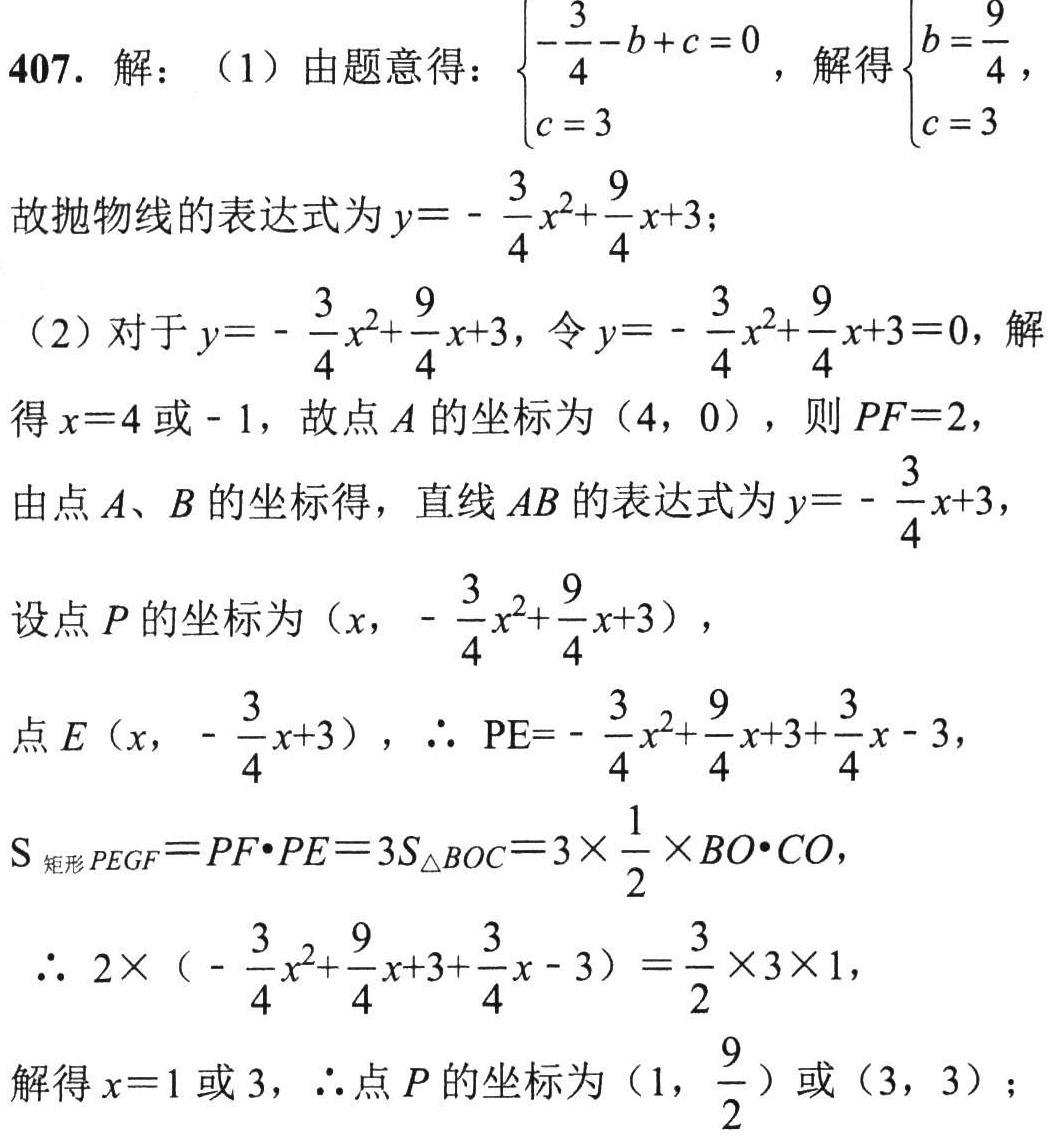
407. 解：（1）由题意得：\(\begin{cases}-\frac{3}{4}-b + c = 0 \\ c = 3\end{cases}\)，解得\(\begin{cases}b=\frac{9}{4} \\ c = 3\end{cases}\)，
故抛物线的表达式为\(y = -\frac{3}{4}x^{2}+\frac{9}{4}x + 3\)；
（2）对于\(y = -\frac{3}{4}x^{2}+\frac{9}{4}x + 3\)，令\(y = -\frac{3}{4}x^{2}+\frac{9}{4}x + 3 = 0\)，解得\(x = 4\)或\(-1\)，故点\(A\)的坐标为\((4,0)\)，则\(PF = 2\)，
由点\(A\)、\(B\)的坐标得，直线\(AB\)的表达式为\(y = -\frac{3}{4}x + 3\)，
设点\(P\)的坐标为\((x,-\frac{3}{4}x^{2}+\frac{9}{4}x + 3)\)，
点\(E(x,-\frac{3}{4}x + 3)\)，\(\therefore PE=-\frac{3}{4}x^{2}+\frac{9}{4}x + 3+\frac{3}{4}x - 3\)，
\(S_{矩形PEGF}=PF\cdot PE = 3S_{\triangle BOC}=3\times\frac{1}{2}\times BO\cdot CO\)，
\(\therefore 2\times(-\frac{3}{4}x^{2}+\frac{9}{4}x + 3+\frac{3}{4}x - 3)=\frac{3}{2}\times3\times1\)，
解得\(x = 1\)或\(3\)，\(\therefore\)点\(P\)的坐标为\((1,\frac{9}{2})\)或\((3,3)\)；